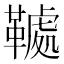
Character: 𩌲